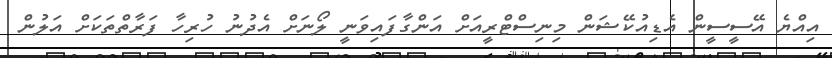
އިއްޔެ އޭސީސީން އެޑިއުކޭޝަން މިނިސްޓްރީއަށް އަންގާފައިވަނީ ލޯނަށް އެދުނު ހުރިހާ ފަރާތްތަކަށް އަލުން